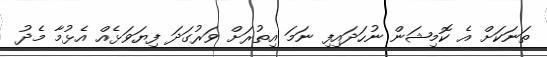
ތަނަކަށް އެ ކޮމިޝަން ނުހަދައިފި ނަމަ އިތުރަށް ވަރުގަދަ ފިޔަވަޅެއް އެޅުމާ މެދު